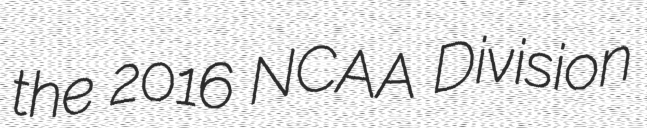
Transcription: the 2016 NCAA Division